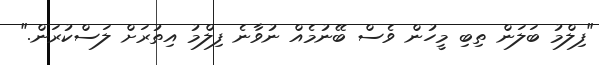
"ފިލްމު ބަލަން ތިބި މީހުން ވެސް ބޭނުމެއް ނުވާނެ ފިލްމު އިތުރަށް ލަސްކުރަން."